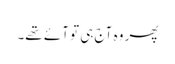
پھر وہ آج ہی تو آئے تھے۔